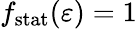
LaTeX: f_{\mathrm{stat}}(\varepsilon)=1